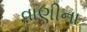
વાણીના